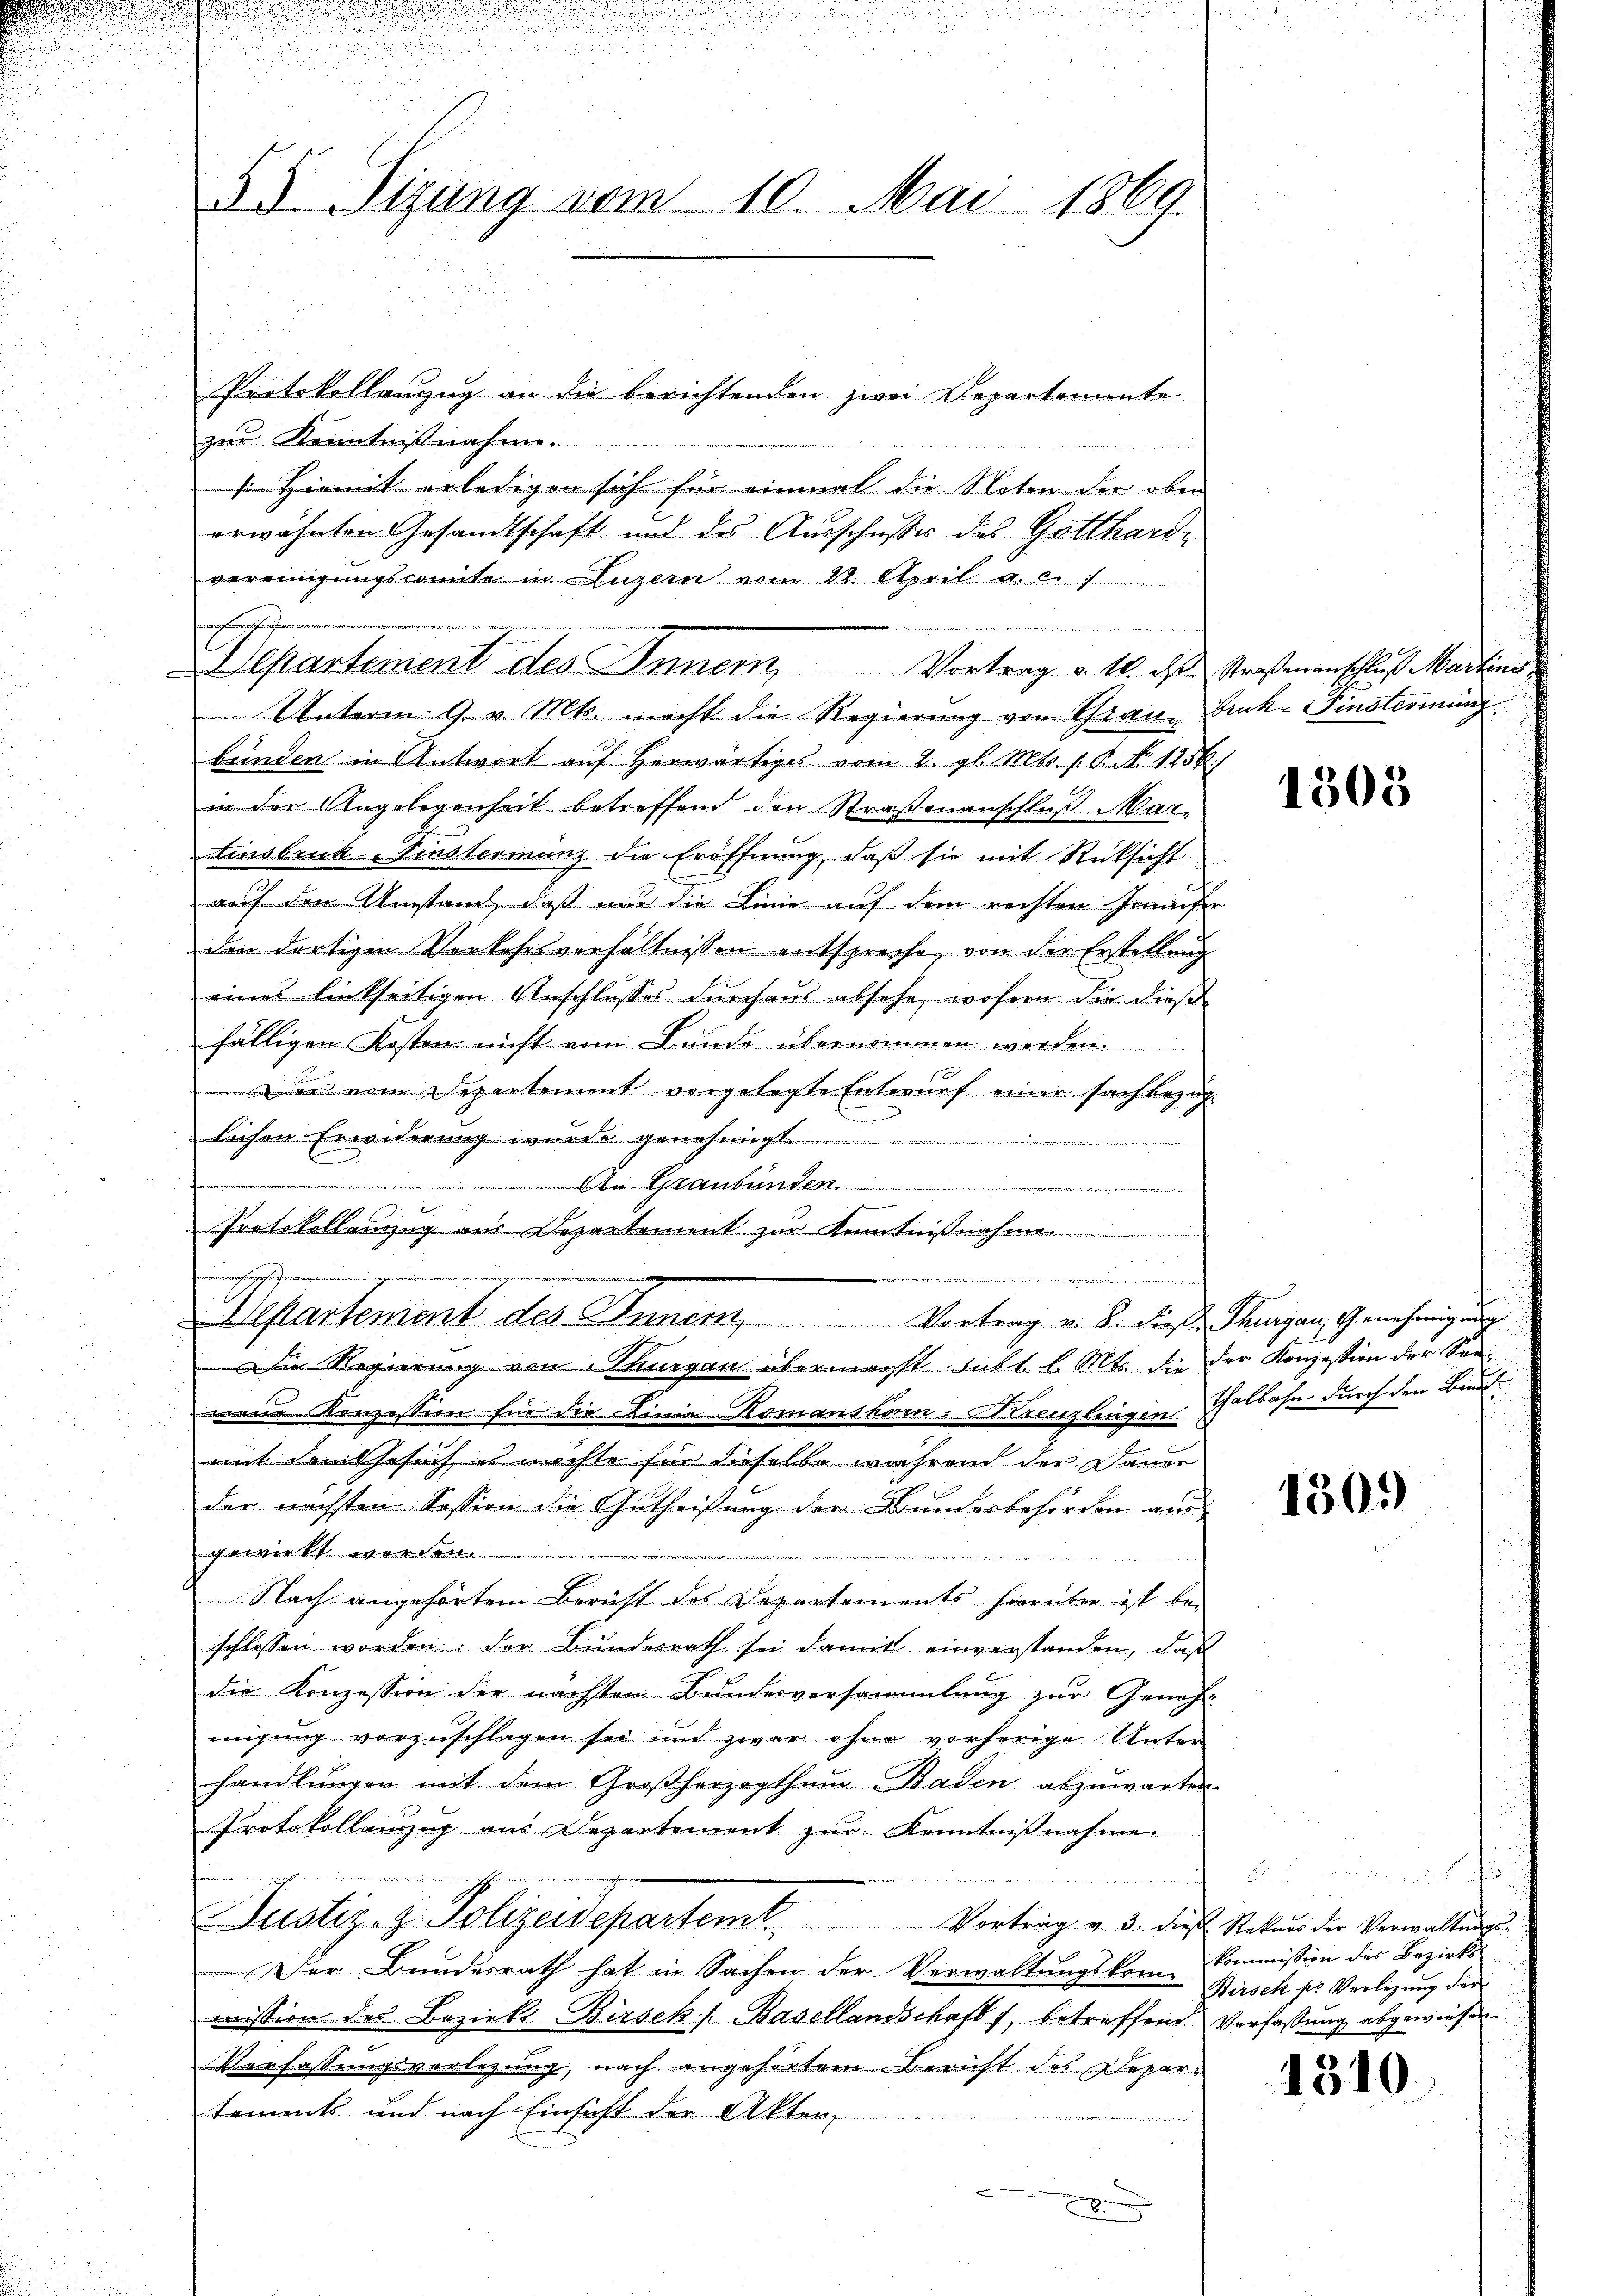
35. Sizung vom 10. Mai 1869.

Protokollanzug an die berichtenden zwei Departemente
zur Kenntnißnahmen.
s Hiemit erledigen sich für einmal die Noten der oben
erwähnten Gesandtschaft und des Ausschußes des Gottharde
vereinigungsconte in Luzern vom 22. April a. c.

Unterm 9. v. Mts. macht die Regierung von Graue Bruk-Finstermang
bunden in Antwort auf herwärtiges vom 2. gl. Mts. f. 6. No 1256.
in der Angelegenheit betreffend den Straßenanschluß Mar-
Einsbruck Finsteriung die Eröffnung, daß sie mit Rüksicht
auf den Umstand, daß nur die Linie auf dem rechten Janeiser
den dortigen Vorkehrsverhältnissen entspreche, von der Erstellung
eines linkseitigen Anschlusses durchaus absehe, wofern die dießfälligen Kosten nicht vom Bunde übernommen werden.
Der vom Departement vorgelegte Entwurf einer sachbezug.
e
lichen Erwiderung wurde genehmigt.

 An Graubünden.
 wi
Protokollanzug aus Departement zur Kenntnißnahme

rhengeheimen
4
e
Departement des Inner Vortrag v. 8. dieß Thurgau, Genehmigung
Die Regierung von Thurgau übermächst Dubt. l. Mts. die der Konzession der Seenene Konzession für die Linie Komanskom-Kreuzlingen halbahn durch den Brandmit dem Gesuch es möchte für dieselbe während der Dauer
der nächsten Session die Gutheißung der Bunderbehörden aus
gewirkt worden.
Nach angehörtem Bericht des Departements hierüber ist be-
schlossen worden, der Bundesrath sei damit einverstanden, daß
die Konzession der nächsten Bundesversammlung zur Geneh-
migung vorzuschlagen sei und zwar ohne vorherige Unter
handlungen mit dem Großherzogthum Baden abzuwarten.
Protokollanzŭg an Departement zŭr Kenntniβnahme
21
Justiz- & Polizeidepartemt. Vortrag v. d. diese Natur die Verwaltungs¬
Der Bundesrath hat in Sachen der Verwaltungskommission des Bezirks-Birsek s. Basellandschaft f., betreffend Verfassung abgewiesen.
Verfassungsverlegung, nach angehörtem Bericht des Departements und nach Einsicht der Akten,
x

srohhe

Departement des Innern, Vortrag v. M. das Straßenanschluß Martine

.

1308

1309

h
kommission des Bezirks-
Birsek pr Verlegung der

1310